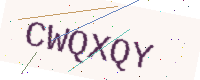
Text: CWQXQY